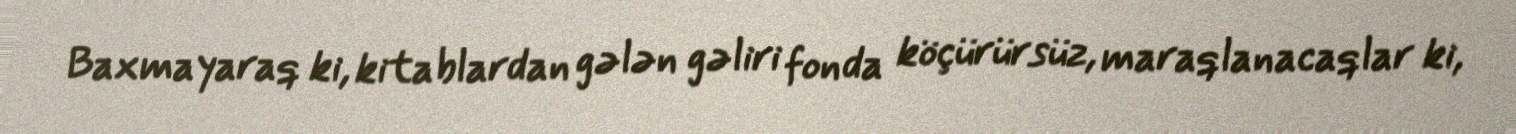
Baxmayaraq ki, kitablardan gələn gəliri fonda köçürürsüz, maraqlanacaqlar ki,